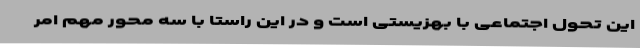
این تحول اجتماعی با بهزیستی است و در این راستا با سه محور مهم امر